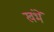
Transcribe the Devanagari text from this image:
खंभें